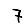
Digit: 7